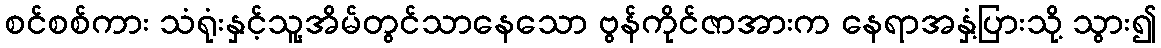
စင်စစ်ကား သံရုံးနှင့်သူ့အိမ်တွင်သာနေသော ဗွန်ကိုင်ဇာအားက နေရာအနှံ့ပြားသို့ သွား၍